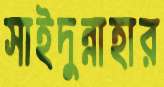
সাইদুন্নাহার